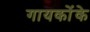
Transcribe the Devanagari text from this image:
गायकोंके